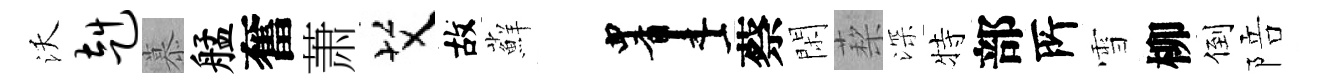
沃赳慕艋奮萧艾故蘚画蔡閑蔾深特部𠩄雪柳倒陪